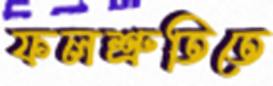
ফলশ্রুতিতে